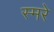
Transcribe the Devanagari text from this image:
स्मरे